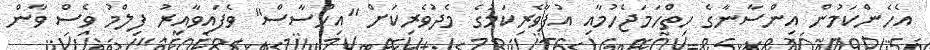
އެހެންކަމުން އިންސާނާގެ ހިތްހަމަޖެހުމާއި އުފާވެރިކަމުގެ މެދުވެރިކަށް "އިހްސާސް" ވެފައިވާއިރު ފިލްމު ވެސް ވާން